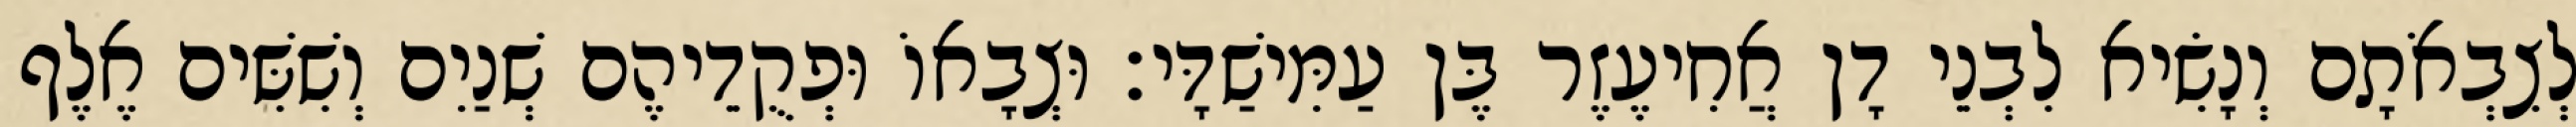
לְצִבְאֹתָם וְנָשִׂיא לִבְנֵי דָן אֲחִיעֶזֶר בֶּן עַמִּישַׁדָּי׃ וּצְבָאוֹ וּפְקֻדֵיהֶם שְׁנַיִם וְשִׁשִּׁים אֶלֶף